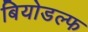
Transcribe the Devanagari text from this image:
बियोडल्फ